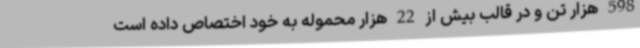
598 هزار تن و در قالب بیش از 22 هزار محموله به خود اختصاص داده است